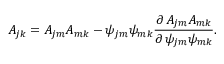
A _ { j k } = A _ { j m } A _ { m k } - \psi _ { j m } \psi _ { m k } { \frac { \partial \, A _ { j m } A _ { m k } } { \partial \, \psi _ { j m } \psi _ { m k } } } .